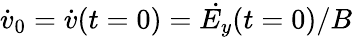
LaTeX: \dot{v}_{0}=\dot{v}(t=0)=\dot{E_{y}}(t=0)/B